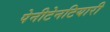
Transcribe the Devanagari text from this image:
पेनीटेनटियारी